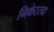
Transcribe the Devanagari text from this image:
निकेटरचा